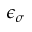
\epsilon _ { \sigma }